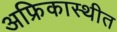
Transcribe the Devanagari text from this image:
अफ्रिकास्थीत